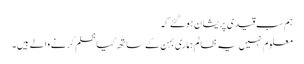
ہم سب قیدی پریشان ہوگئے کہ
معلوم نہیں یہ ظالم ہماری بہن کے ساتھ کیا ظلم کرنے والے ہیں۔